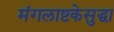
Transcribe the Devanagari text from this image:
मंगलाष्टकेसुद्धा